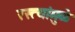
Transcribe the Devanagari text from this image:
रस्त्यांमुळे